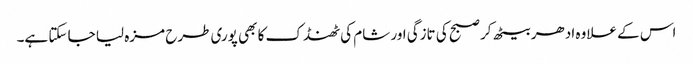
اس کے علاوہ ادھر بیٹھ کر صبح کی تازگی اور شام کی ٹھنڈک کا بھی پوری طرح مزہ لیا جا سکتا ہے۔